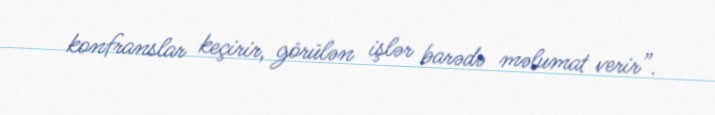
konfranslar keçirir, görülən işlər barədə məlumat verir”.